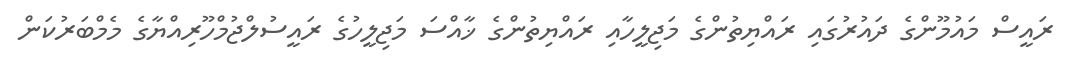
ރައީސް މައުމޫންގެ ދައުރުގައި ރައްޔިތުންގެ މަޖިލީހާއި ރައްޔިތުންގެ ޚާއްސަ މަޖިލީހުގެ ރައީސުލްޖުމްހޫރިއްޔާގެ މެމްބަރުކަން